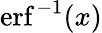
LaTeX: \operatorname{erf}^{-1}(x)